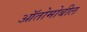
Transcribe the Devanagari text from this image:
ऑतोमोबील